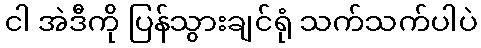
ငါ အဲဒီကို ပြန်သွားချင်ရုံ သက်သက်ပါပဲ